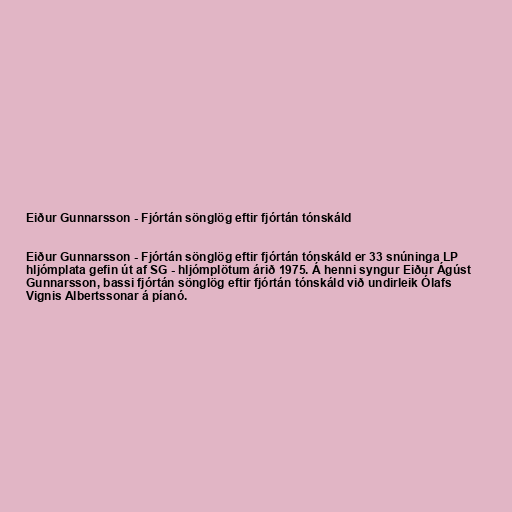
Eiður Gunnarsson - Fjórtán sönglög eftir fjórtán tónskáld

Eiður Gunnarsson - Fjórtán sönglög eftir fjórtán tónskáld er 33 snúninga LP
hljómplata gefin út af SG - hljómplötum árið 1975. Á henni syngur Eiður Ágúst
Gunnarsson, bassi fjórtán sönglög eftir fjórtán tónskáld við undirleik Ólafs
Vignis Albertssonar á píanó.